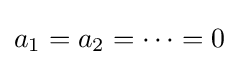
a_{1}=a_{2}=\cdots =0